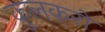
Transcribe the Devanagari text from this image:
कुलकरों